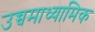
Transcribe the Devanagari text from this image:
उच्चमाध्यामिक